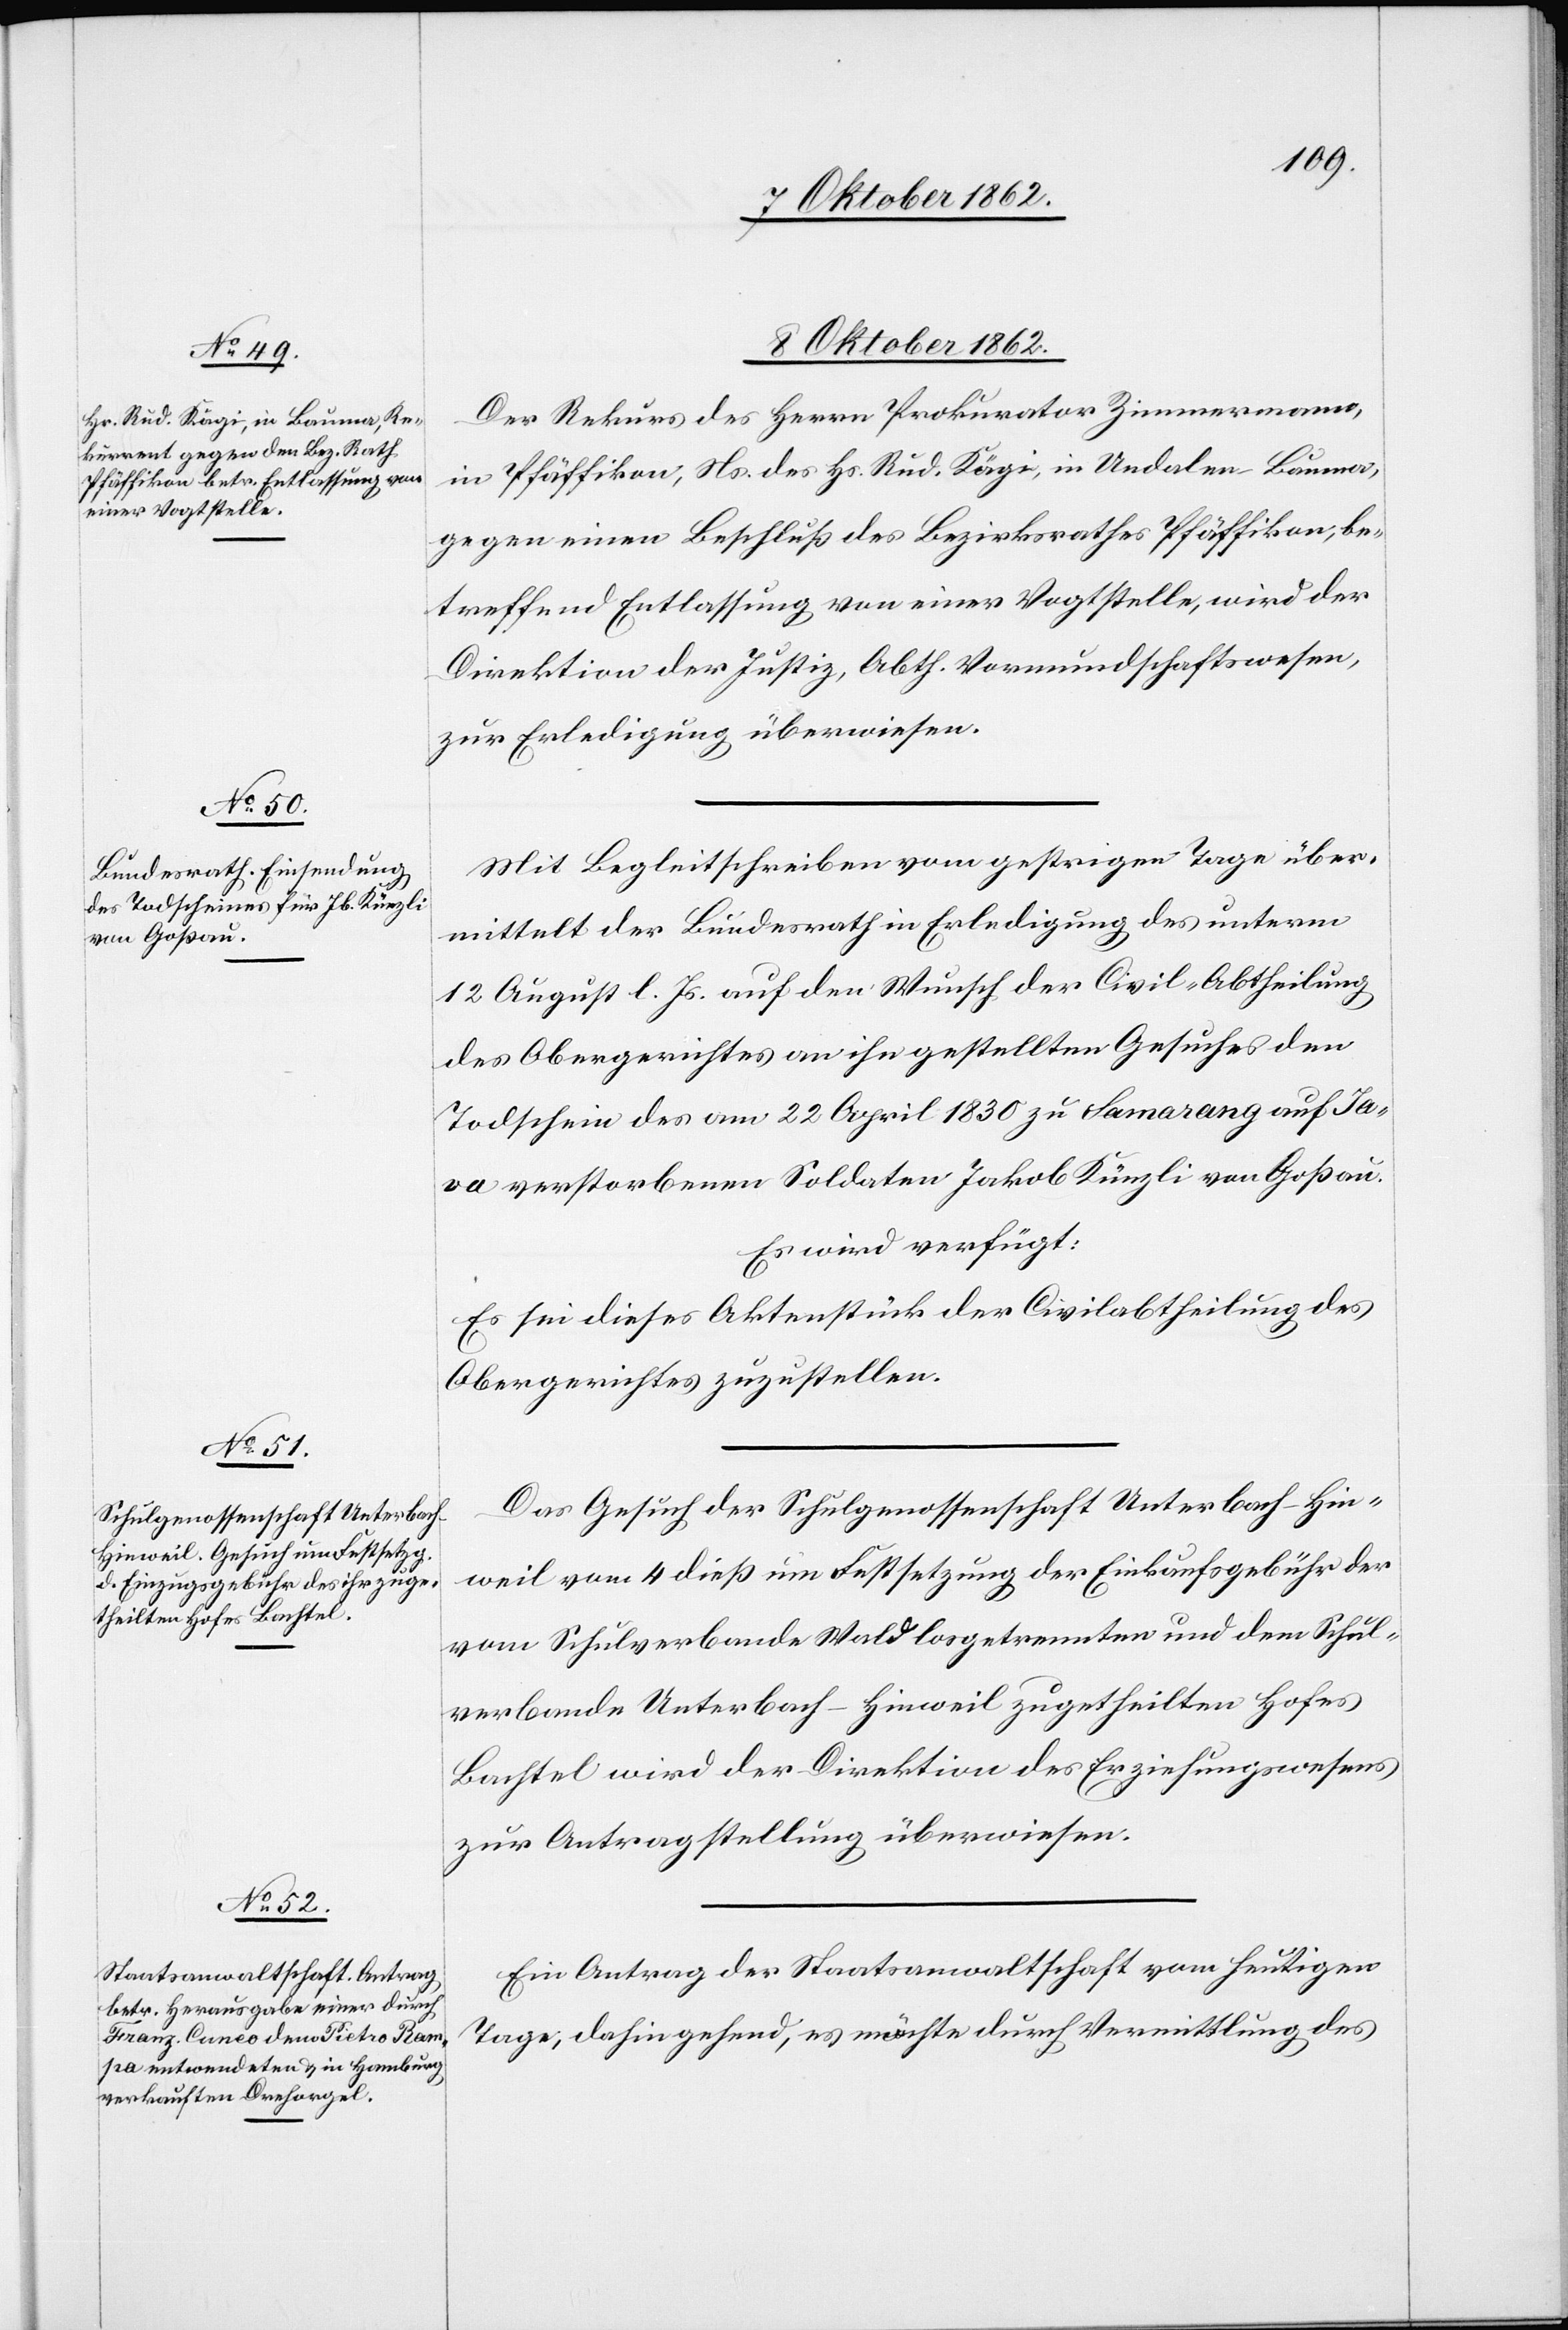
8. Oktober 1862.]
Der Rekurs des Herrn Prokurator Zimmermann,
in Pfäffikon, Ns. des Hs. Rud. Kägi, in Undalen-Bauma,
gegen einen Beschluß des Bezirksrathes Pfäffikon, be¬
treffend Entlassung von einer Vogtstelle, wird der
Direktion der Justiz, Abth. Vormundschaftswesen,
zur Erledigung überwiesen.
Mit Begleitschreiben vom gestrigen Tage über¬
mittelt der Bundesrath in Erledigung des unterm
12. August l. Js. auf den Wunsch der Civil-Abtheilung
des Obergerichtes an ihn gestellten Gesuches den
Todschein des am 22. April 1830 zu Samarang auf Ja¬
va verstorbenen Soldaten Jakob Künzli von Goßau.
Es wird verfügt:
Es sei dieses Aktenstück der Civilabtheilung des
Obergerichtes zuzustellen.
Das Gesuch der Schulgenossenschaft Unterbach-Hin¬
weil vom 4. dieß um Festsetzung der Einkaufsgebühr des
vom Schulverbande Wald losgetrennten und dem Schul¬
verbande Unterbach-Hinweil zugetheilten Hofes
Bachtel wird der Direktion des Erziehungswesens
zur Antragstellung überwiesen.
Ein Antrag der Staatsanwaltschaft vom heutigen
Tage, dahin gehend, es möchte durch Vermittlung des